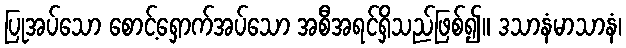
ပြုအပ်သော စောင့်ရှောက်အပ်သော အစီအရင်ရှိသည်ဖြစ်၍။ ဒသာနံမာသာနံ၊